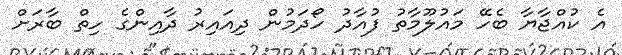
އެ ކުއްޖާޔާ ބެހޭ މައުލޫމާތު ފުއާދު ހޯދަމުން ދިއައިރު ދާއިންގެ ހިތް ބާރަށް